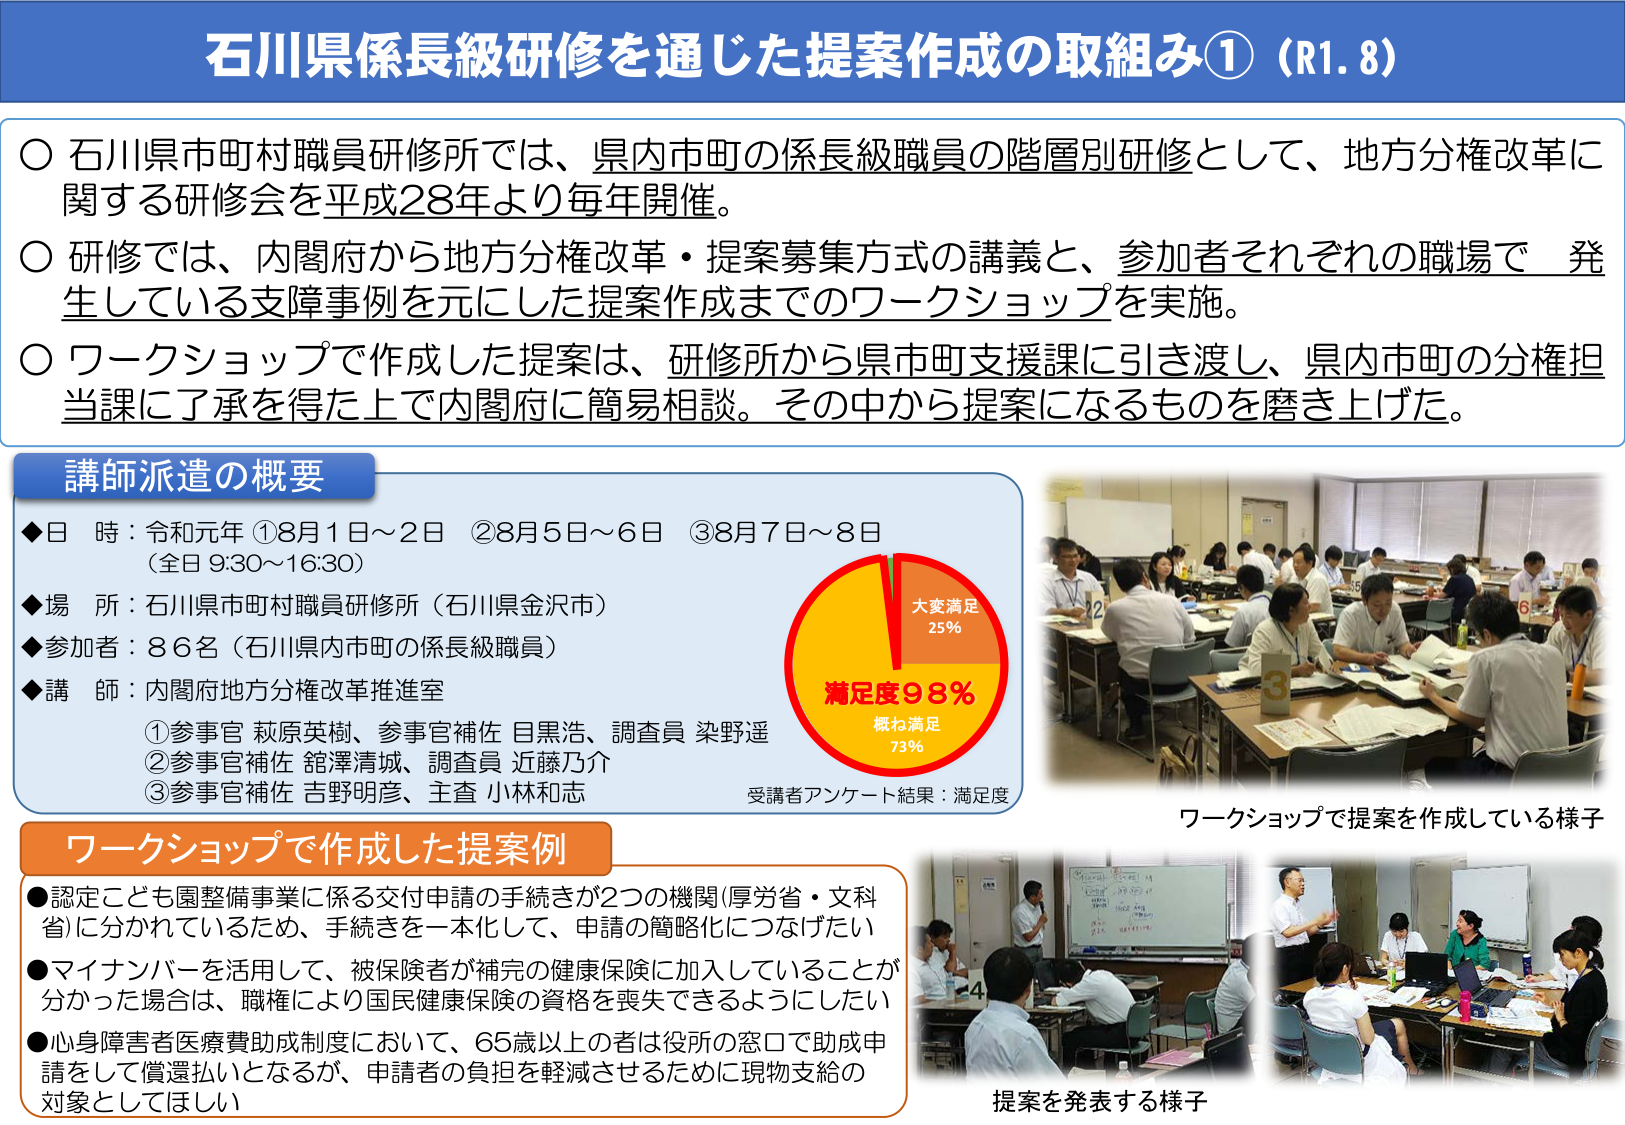
石川県係長級研修を通した提案作成の取組み①（R1.8）

○ 石川県市町村職員研修所では、県内市町の係長級職員の階層別研修として、地方分権改革に関する研修会を平成28年より毎年開催。

○ 研修では、内閣府から地方分権改革・提案募集方式の講義と、参加者それぞれの職場で発生している支障事例を元にした提案作成までのワークショップを実施。

○ ワークショップで作成した提案は、研修所から県市町支援課に引き渡し、県内市町の分権担当課に了承を得た上で内閣府に簡易相談。その中から提案になるものを磨き上げた。

講師派遣の概要
◆日 時：令和元年 ①8月1日～2日 ②8月5日～6日 ③8月7日～8日
（全日 9:30～16:30）
◆場 所：石川県市町村職員研修所（石川県金沢市）
◆参加者：86名（石川県内市町の係長級職員）
◆講 師：内閣府地方分権改革推進室
①参事官 萩原英樹、参事官補佐 目黒浩、調査員 染野遥
②参事官補佐 飽澤清城、調査員 近藤乃介
③参事官補佐 吉野明彦、主査 小林和志

受講者アンケート結果：満足度
大変満足 25%
概ね満足 73%
満足度98%

ワークショップで提案を作成している様子

ワークショップで作成した提案例
● 認定こども園整備事業に係る交付申請の手続きが2つの機関（厚労省・文科省）に分かれているため、手続きを一本化して、申請の簡略化につなげたい
● マイナンバーを活用して、被保険者が補完の健康保険に加入していることが分かった場合は、職権により国民健康保険の資格を喪失できるようにしたい
● 心身障害者医療費助成制度において、65歳以上の者は役所の窓口で助成申請をして償還払いとなるが、申請者の負担を軽減させるために現物支給の対象としてほしい

提案を発表する様子